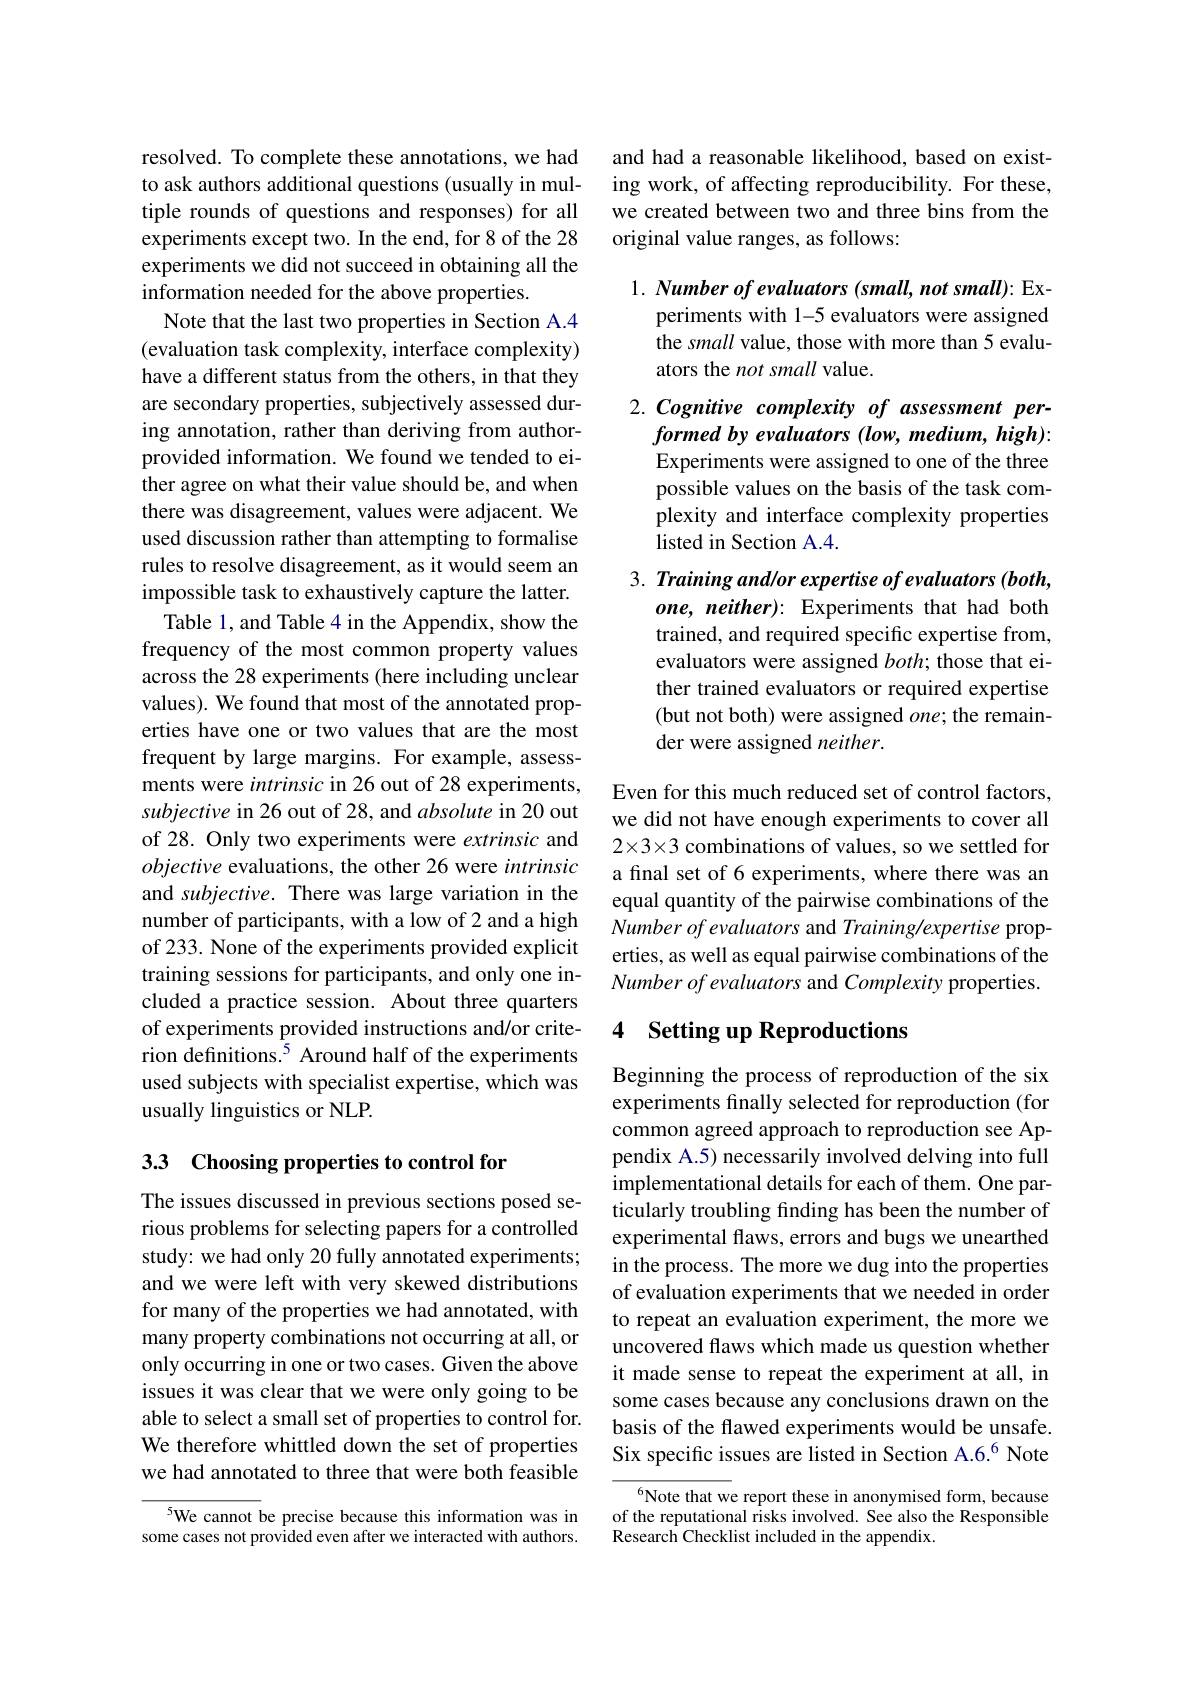
resolved. To complete these annotations, we had to ask authors additional questions (usually in multiple rounds of questions and responses) for all experiments except two. In the end, for 8 of the 28 experiments we did not succeed in obtaining all the information needed for the above properties.
Note that the last two properties in Section A.4 (evaluation task complexity, interface complexity) have a different status from the others, in that they are secondary properties, subjectively assessed during annotation, rather than deriving from authorprovided information. We found we tended to either agree on what their value should be, and when there was disagreement, values were adjacent. We used discussion rather than attempting to formalise rules to resolve disagreement, as it would seem an impossible task to exhaustively capture the latter.
Table 1, and Table 4 in the Appendix, show the frequency of the most common property values across the 28 experiments (here including unclear values). We found that most of the annotated properties have one or two values that are the most frequent by large margins. For example, assessments were intrinsic in 26 out of 28 experiments, subjective in 26 out of 28, and absolute in 20 out of 28. Only two experiments were extrinsic and objective evaluations, the other 26 were intrinsic and subjective. There was large variation in the number of participants, with a low of 2 and a high of 233. None of the experiments provided explicit training sessions for participants, and only one included a practice session. About three quarters of experiments provided instructions and/or criterion definitions.$^{5}$ Around half of the experiments used subjects with specialist expertise, which was usually linguistics or NLP.

# 3.3 Choosing properties to control for

The issues discussed in previous sections posed serious problems for selecting papers for a controlled study: we had only 20 fully annotated experiments; and we were left with very skewed distributions for many of the properties we had annotated, with many property combinations not occurring at all, or only occurring in one or two cases. Given the above issues it was clear that we were only going to be able to select a small set of properties to control for. We therefore whittled down the set of properties we had annotated to three that were both feasible

5We cannot be precise because this information was in some cases not provided even after we interacted with authors.

and had a reasonable likelihood, based on existing work, of affecting reproducibility. For these, we created between two and three bins from the original value ranges, as follows:

$1. \textit{ Number of evaluators ( small, not small) : Ex- }$
periments with 1-5 evaluators were assigned the small value, those with more than 5 evaluators the not small value.

2. Cognitive complexity of assessment per-
formed by evaluators (low, medium, high): Experiments were assigned to one of the three possible values on the basis of the task complexity and interface complexity properties listed in Section A.4.

3. Training and/or expertise of evaluators (both,
one, neither): Experiments that had both trained, and required specific expertise from, evaluators were assigned $both;$ those that either trained evaluators or required expertise (but not both) were assigned $one;$ the remainder were assigned neither.

Even for this much reduced set of control factors, we did not have enough experiments to cover all 2×3×3 combinations of values, so we settled for a final set of 6 experiments, where there was an equal quantity of the pairwise combinations of the Number of evaluators and Training/expertise properties, as well as equal pairwise combinations of the Number of evaluators and Complexity properties.

## 4 Setting up Reproductions

Beginning the process of reproduction of the six experiments finally selected for reproduction (for common agreed approach to reproduction see Appendix A.5) necessarily involved delving into full implementational details for each of them. One particularly troubling finding has been the number of experimental flaws, errors and bugs we unearthed in the process. The more we dug into the properties of evaluation experiments that we needed in order to repeat an evaluation experiment, the more we uncovered flaws which made us question whether it made sense to repeat the experiment at all, in some cases because any conclusions drawn on the basis of the flawed experiments would be unsafe. Six specific issues are listed in Section A.6.$^{6}$ Note

$^{6}$Note that we report these in anonymised form, because of the reputational risks involved. See also the Responsible Research Checklist included in the appendix.